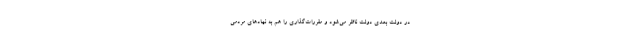
در دولت بعدی دولت ناظر می‌شود و مقررات‌گذاری را هم به نهادهای مردمی